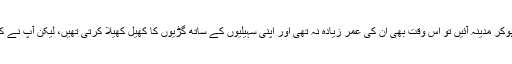
ام الموٴمنین حضرت عائشہ جب رخصت ہوکر مدینہ آئیں تو اس وقت بھی ان کی عمر زیادہ نہ تھی اور اپنی سہیلیوں کے ساتھ گڑیوں کا کھیل کھیلا کرتی تھیں، لیکن آپ نے کبھی اس پر ناراضگی کا اظہار نہیں فرمایا۔